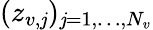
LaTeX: (z_{v,\mathit{j}})_{\mathit{j}=1,\dots,N_{v}}